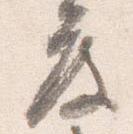
度